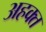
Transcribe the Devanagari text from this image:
अहक्त